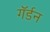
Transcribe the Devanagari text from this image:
गॅर्डन